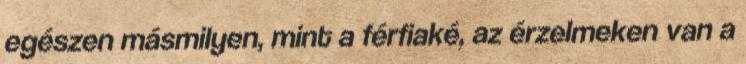
egészen másmilyen, mint a férfiaké, az érzelmeken van a